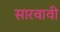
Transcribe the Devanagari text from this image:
सारवावी